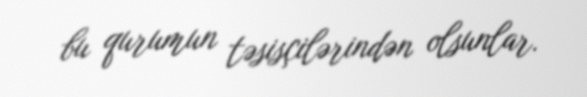
bu qurumun təsisçilərindən olsunlar.